Vaccination in Bombay 1889-1901 - 1889-1901
Year: 1889
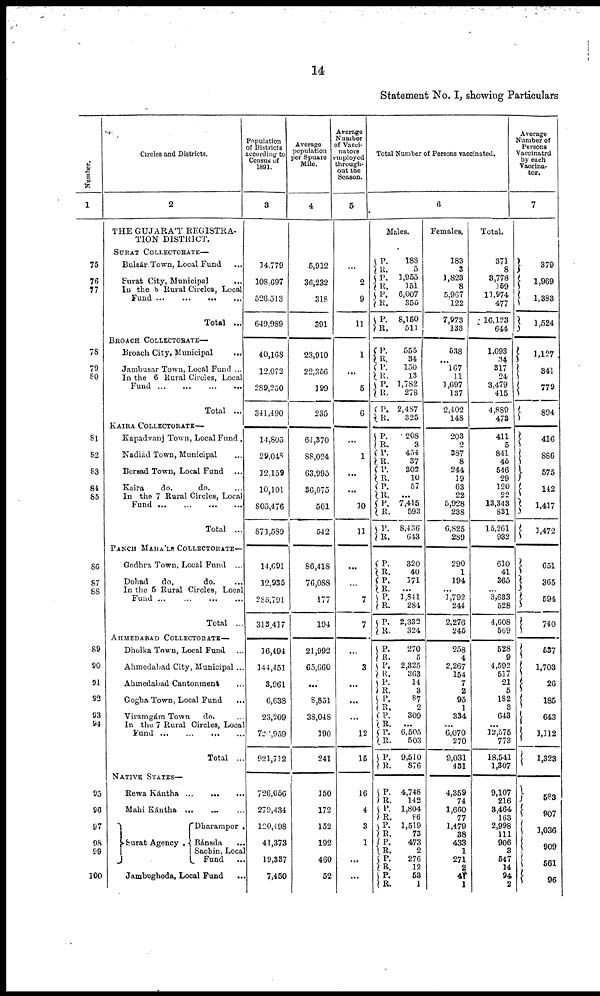
14
Statement No. I, showing Particulars
Number.
1
75
76
77
78
79
80
81
82
83
84
85
86
87
88
89
90
91
92
93
94
95
96
97
98
99
100
Circles and Districts.
2
THE GUJARÁT REGISTRA-
TION DISTRICT.
SURAT COLLECTORATE—
Bulsár Town, Local Fund ...
Surat City, Municipal
...
In the 8 Rural Circles, Local
Fund
...
...
...
...
Total ...
BROACH COLLECTORATE—
Broach City, Municipal ...
Jambusar Town, Local Fund ...
In the 6 Rural Circles, Local
Fund
...
...
...
...
Total ...
KAIRA COLLECTORATE—
Kapadvanj Town, Local Fund .
Nadiád Town, Municipal ...
Borsad Town, Local Fund ...
Kaira
do.
do. ...
In the 7 Rural Circles, Local
Fund
...
...
...
...
Total ...
PANCH MAHÁLS COLLECTORATE—
Godhra Town, Local Fund ...
Dohad
do.
do. ...
In the 5 Rural Circles, Local
Fund
...
...
...
...
Total ...
AHMEDABAD COLLECTORATE—
Dholka Town, Local Fund ...
Ahmedabad City, Municipal ...
Ahmedabad Cantonment ...
Gogha Town, Local Fund ...
Viramgám Town
do.
In the 7 Rural Circles, Local
Fund
...
...
...
...
Total ...
NATIVE STATES—
Rewa Kántha ...
...
...
Mahi Kántha ... ... ...
Surat Agency .
Dharampor .
Bánsda
...
Sachin, Local
Fund
...
Jambughoda, Local Fund ...
Population
of Districts
according to
Census of
1891.
3
14,779
108,697
526,513
649,989
40,168
12,072
289,250
341,490
14,805
29,048
12,159
10,101
805,476
871,589
14,691
12,935
285,791
313,417
16,494
144,451
3,961
6,638
23,209
726,959
923,712
726,056
279,434
120,498
41,373
19,337
7,450
Average
population
per Spuare
Mile.
4
5,912
36,232
318
391
23,910
22,356
199
235
64,370
88,024
63,995
36,075
501
542
86,418
76,088
177
194
21,992
65,660
...
8,851
38,048
190
241
150
172
152
192
460
52
Average
Number
of Vacci¬
nators
employed
through-
out the
Season.
5
...
2
9
11
1
...
5
6
...
1
...
...
10
11
...
...
7
7
...
3
...
...
...
12
15
16
4
3
1
...
...
Total Number of Persons vaccinated.
6
Males.
P.
R.
P.
R. P.
R.
P.
R.
P.
R.
P. R.
P.
R.
P.
R.
P.
R.
P.
R.
P.
R.
P.
R.
P.
R.
P.
R.
P.
R.
P.
R.
P.
R.
P.
R.
P. R.
P. R.
P.
R. P.
R.
P.
R. P.
R.
P.
R.
P.
R.
P.
R.
P.
R. P.
R.
P.
R.
P.
R.
188
5
1,955
151
6,007
355
8,150
511
555
34
150
13
1,782
278
2,487
325
208
3
454
37
302
10
57
...
7,415
593
8,436
643
320
40
171
...
1,841
284
2,332
324
270
5
2,325
363
14
3
87
2
309
... 6,505
503
9,510
876
4,748
142
1,804
86
1,519
73
473
2
276
12
53
1
Females.
183
3
1,823
8
5,967
122
7,973
133
538
...
167
11
1,697
137
2,402
148
203
2
387
8
244
19
63
22
5,928
238
6,825
289
290
1
194
...
1,792
244
2,276
245
258
4
2,267
154
7
2
95
1
334
... 6,070
270
9,031
431
4,359
74
1,660
77
1,479
38
433
1
271
2
41
1
Total.
371
8
3,778
159
11,974
477
16,123
644
1,093
34
317
24
3,479
415
4,889
473
411
5
841
45
546
29
120
22
13,343
831
15,261
932
610
41
365
...
3,633
528
4,608
569
528
9
4,592
517
21
5
182
3
643
... 12,575
773
18,541
1,307
9,107
216
3,464
163
2,998
111
906
3
547
14
94
2
Average
Number of
Persons
Vaccinatrd
by each
Vaccina¬
tor.
7
379
1,969
1,383
1,524
1,127
341
779
894
416
886
575
142
1,417
1,472
651
365
594
740
537
1,703
26
185
643
1,312
1,323
583
907
1,036
909
561
96